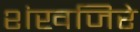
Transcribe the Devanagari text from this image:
शंखजिरे